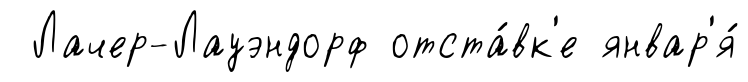
Лачер-Лауэндорф отста́вк'е январ'я́